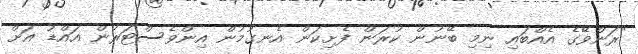
"ރަންވޭގެ އެއްބައި ނިމި ބޭނުން ކުރަން ފެށިކަން އެނގުމުން އިންވެސްޓަރުން އައްޑު އަށް